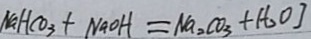
N a H C O _ { 3 } + N a O H = N a _ { 2 } C O _ { 3 } + H _ { 2 } O ]